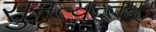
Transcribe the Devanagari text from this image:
सुनृत्यन्तम्‌।